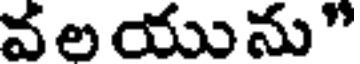
వ ల యును"